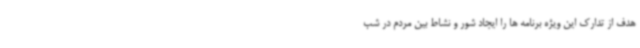
هدف از تدارک این ویژه برنامه ها را ایجاد شور و نشاط بین مردم در شب